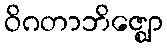
ဝိဂတာဘိဇ္ဈော